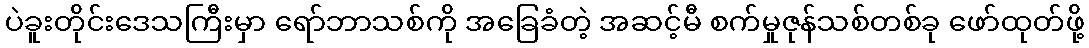
ပဲခူးတိုင်းဒေသကြီးမှာ ရော်ဘာသစ်ကို အခြေခံတဲ့ အဆင့်မီ စက်မှုဇုန်သစ်တစ်ခု ဖော်ထုတ်ဖို့